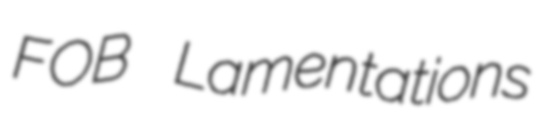
FOB Lamentations